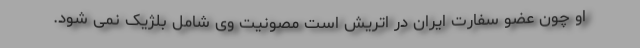
او چون عضو سفارت ایران در اتریش است مصونیت وی شامل بلژیک نمی شود.